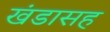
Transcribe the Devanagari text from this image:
खंडासह